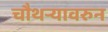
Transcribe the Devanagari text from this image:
चौथऱ्यावरुन